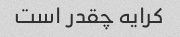
کرایه چقدر است